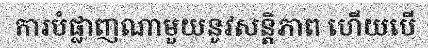
ការបំផ្លាញណាមួយនូវសន្តិភាព ហើយបើ